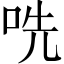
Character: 𫩱